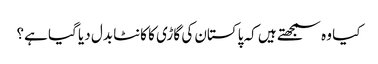
کیا وہ سمجھتے ہیں کہ پاکستان کی گاڑی کا کانٹا بدل دیا گیا ہے؟